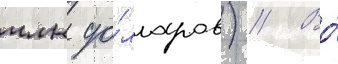
млн до́лларов) // Во́